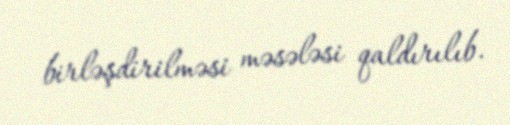
birləşdirilməsi məsələsi qaldırılıb.